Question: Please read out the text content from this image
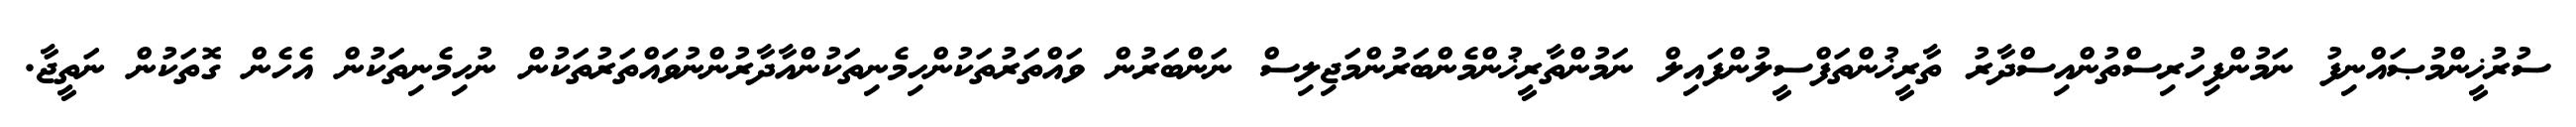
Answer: ސުރުޚީންމުޞައްނިފު ނަމުންފިހުރިސްތުންއިސްދާރު ތާރީޚުންތަފްސީލުންފައިލް ނަމުންތާރީޚުންމެންބަރުންމަޖިލިސް ނަންބަރުން ވައްތަރުތަކުންހިމެނިތަކުންއާދާރުންނުވައްތަރުތަކުން ނުހިމެނިތަކުން އެހެން ގޮތަކުން ނަތީޖާ.